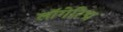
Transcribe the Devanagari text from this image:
लॉगेरिद्म